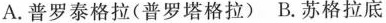
A.普罗泰格拉(普罗塔格拉)B.苏格拉底